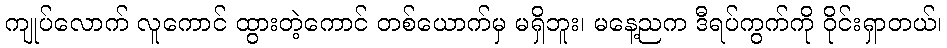
ကျုပ်လောက် လူကောင် ထွားတဲ့ကောင် တစ်ယောက်မှ မရှိဘူး၊ မနေ့ညက ဒီရပ်ကွက်ကို ဝိုင်းရှာတယ်၊